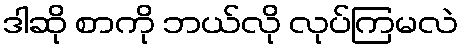
ဒါဆို စာကို ဘယ်လို လုပ်ကြမလဲ